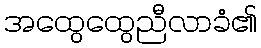
အထွေထွေညီလာခံ၏